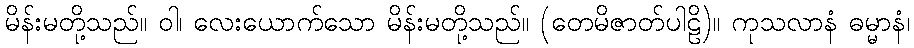
မိန်းမတို့သည်။ ဝါ၊ လေးယောက်သော မိန်းမတို့သည်။ (တေမိဇာတ်ပါဠိ)။ ကုသလာနံ ဓမ္မာနံ၊